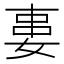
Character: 𡝽